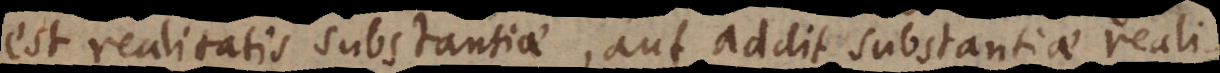
est realitatis substantiae, aut addit substantiae reali